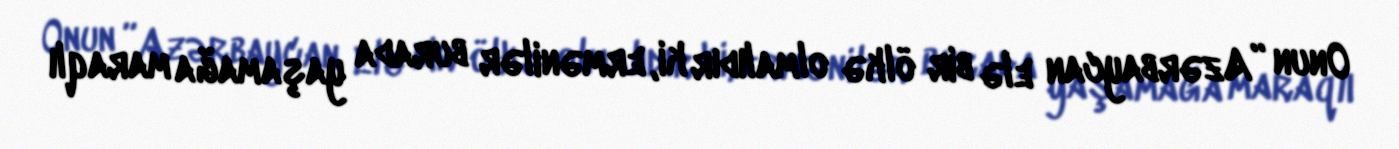
Onun ”Azərbaycan elə bir ölkə olmalıdır ki, ermənilər burada yaşamağa maraqlı